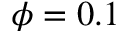
\phi = 0 . 1